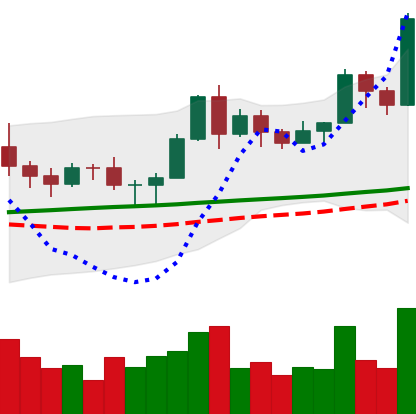
Ticker: LTC-USD
Chart end date: 2020-11-16
Forward return: 21.148%
Label: up_7plus